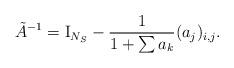
LaTeX: \begin{align*} \tilde A^{-1}= {\rm I}_{N_{S}} -\frac1{1+\sum a_{k}} (a_{j})_{i,j}. \end{align*}